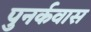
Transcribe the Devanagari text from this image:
पुनर्कवास